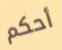
أحكم